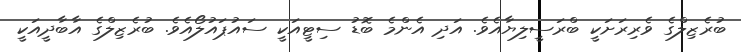
ބުރެޒިލްގެ ވެރިރަށަކީ ބްރަސީލިޔާއެވެ. އަދި އެންމެ ބޮޑު ސިޓީއަކީ ސައުޕައުލޯއެވެ. ބުރެޒިލްގެ އާބާދީއަކީ